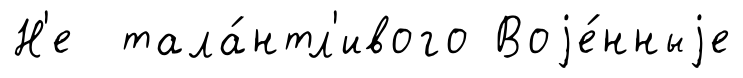
Н'е тала́нтл'ивого Воjе́нныjе